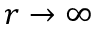
r \to \infty